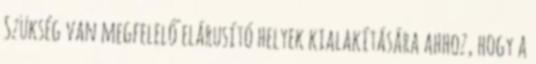
Szükség van megfelelő elárusító helyek kialakítására ahhoz, hogy a